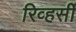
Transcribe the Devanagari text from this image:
रिव्हर्सी